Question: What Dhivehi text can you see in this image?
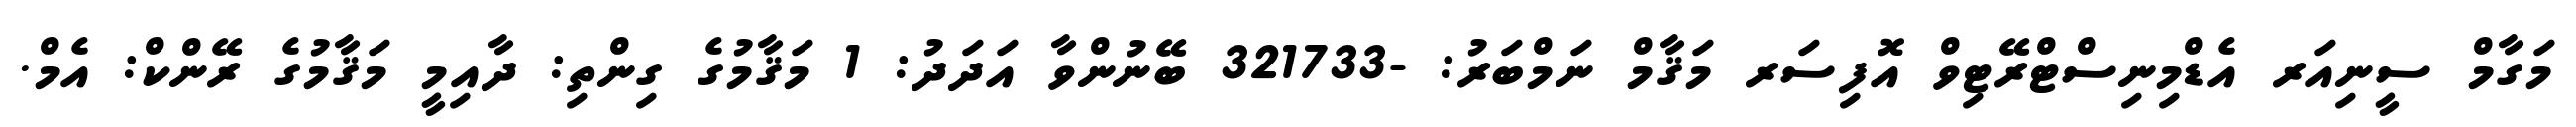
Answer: މަގާމް ސީނިއަރ އެޑްމިނިސްޓްރޭޓިވް އޮފިސަރ މަޤާމް ނަމްބަރު: -321733 ބޭނުންވާ އަދަދު: 1 މަޤާމުގެ ގިންތި: ދާއިމީ މަޤާމުގެ ރޭންކް: އެމް.